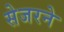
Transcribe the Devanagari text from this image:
सेजरने